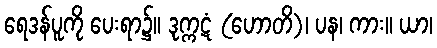
ရေဒန်ပူကို ပေးရာ၌။ ဒုက္ကဋံ (ဟောတိ)၊ ပန၊ ကား။ ယာ၊